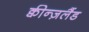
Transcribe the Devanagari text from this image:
क्वीन्ज़लैंड